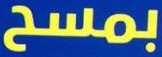
بمسح